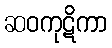
ဆဝကုဋိကာ